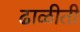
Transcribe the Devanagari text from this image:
ढाळीती